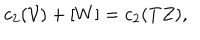
LaTeX: c _ { 2 } ( \mathcal { V } ) + [ W ] = c _ { 2 } ( T Z ) ,